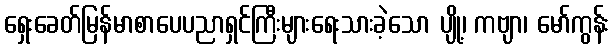
ရှေးခေတ်မြန်မာစာပေပညာရှင်ကြီးများရေးသားခဲ့သော ပျို့၊ ကဗျာ၊ မော်ကွန်း